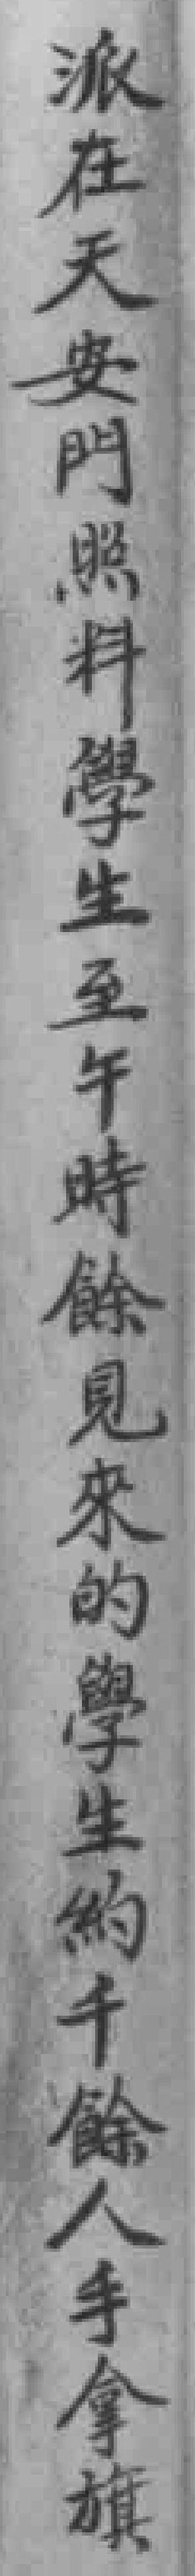
派在天安門照料學生至午時餘見來的學生約千餘人手拿旗